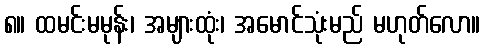
၈။ ထမင်းမမုန်း၊ အများထုံး၊ အမောင်သုံးမည် မဟုတ်လော။